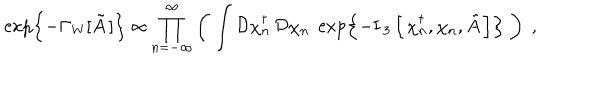
\exp \left\{ - \Gamma _ { \mathrm { W } } [ \tilde { A } \, ] \right\} \propto \prod _ { n = - \infty } ^ { \infty } \left( \; \int \mathcal { D } \chi _ { n } ^ { \dagger } \, \mathcal { D } \chi _ { n } \; \exp \left\{ - \mathrm { I } _ { \, 3 } \left[ \, \chi _ { n } ^ { \dagger } , \chi _ { n } , \tilde { A } \, \right] \right\} \; \right) \; ,